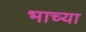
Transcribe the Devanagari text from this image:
भाच्या